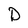
Character: D